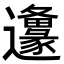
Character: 𨙅